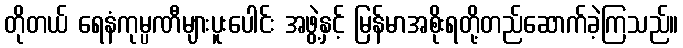
တိုတယ် ရေနံကုမ္ပဏီများပူးပေါင်း အဖွဲ့နှင့် မြန်မာအစိုးရတို့တည်ဆောက်ခဲ့ကြသည်။